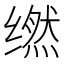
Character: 𬙇